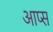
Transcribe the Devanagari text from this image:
आप्स